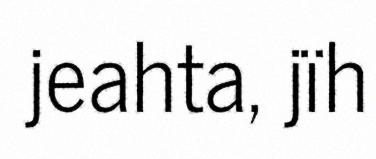
jeahta, jïh